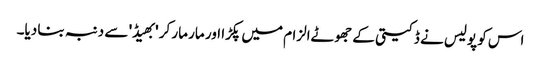
اس کو پولیس نے ڈکیتی کے جھوٹےالزام میں پکڑا اور مار مار کر 'بھیڈ' سے دنبہ بنا دیا۔